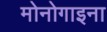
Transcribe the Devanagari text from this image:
मोनोगाइना